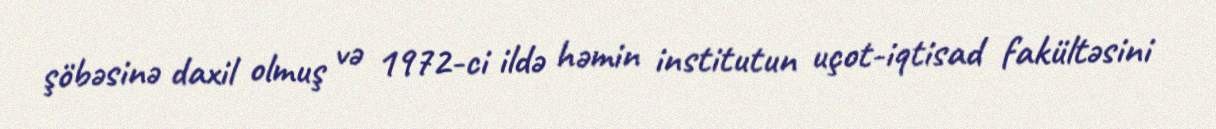
şöbəsinə daxil olmuş və 1972-ci ildə həmin institutun uçot-iqtisad fakültəsini